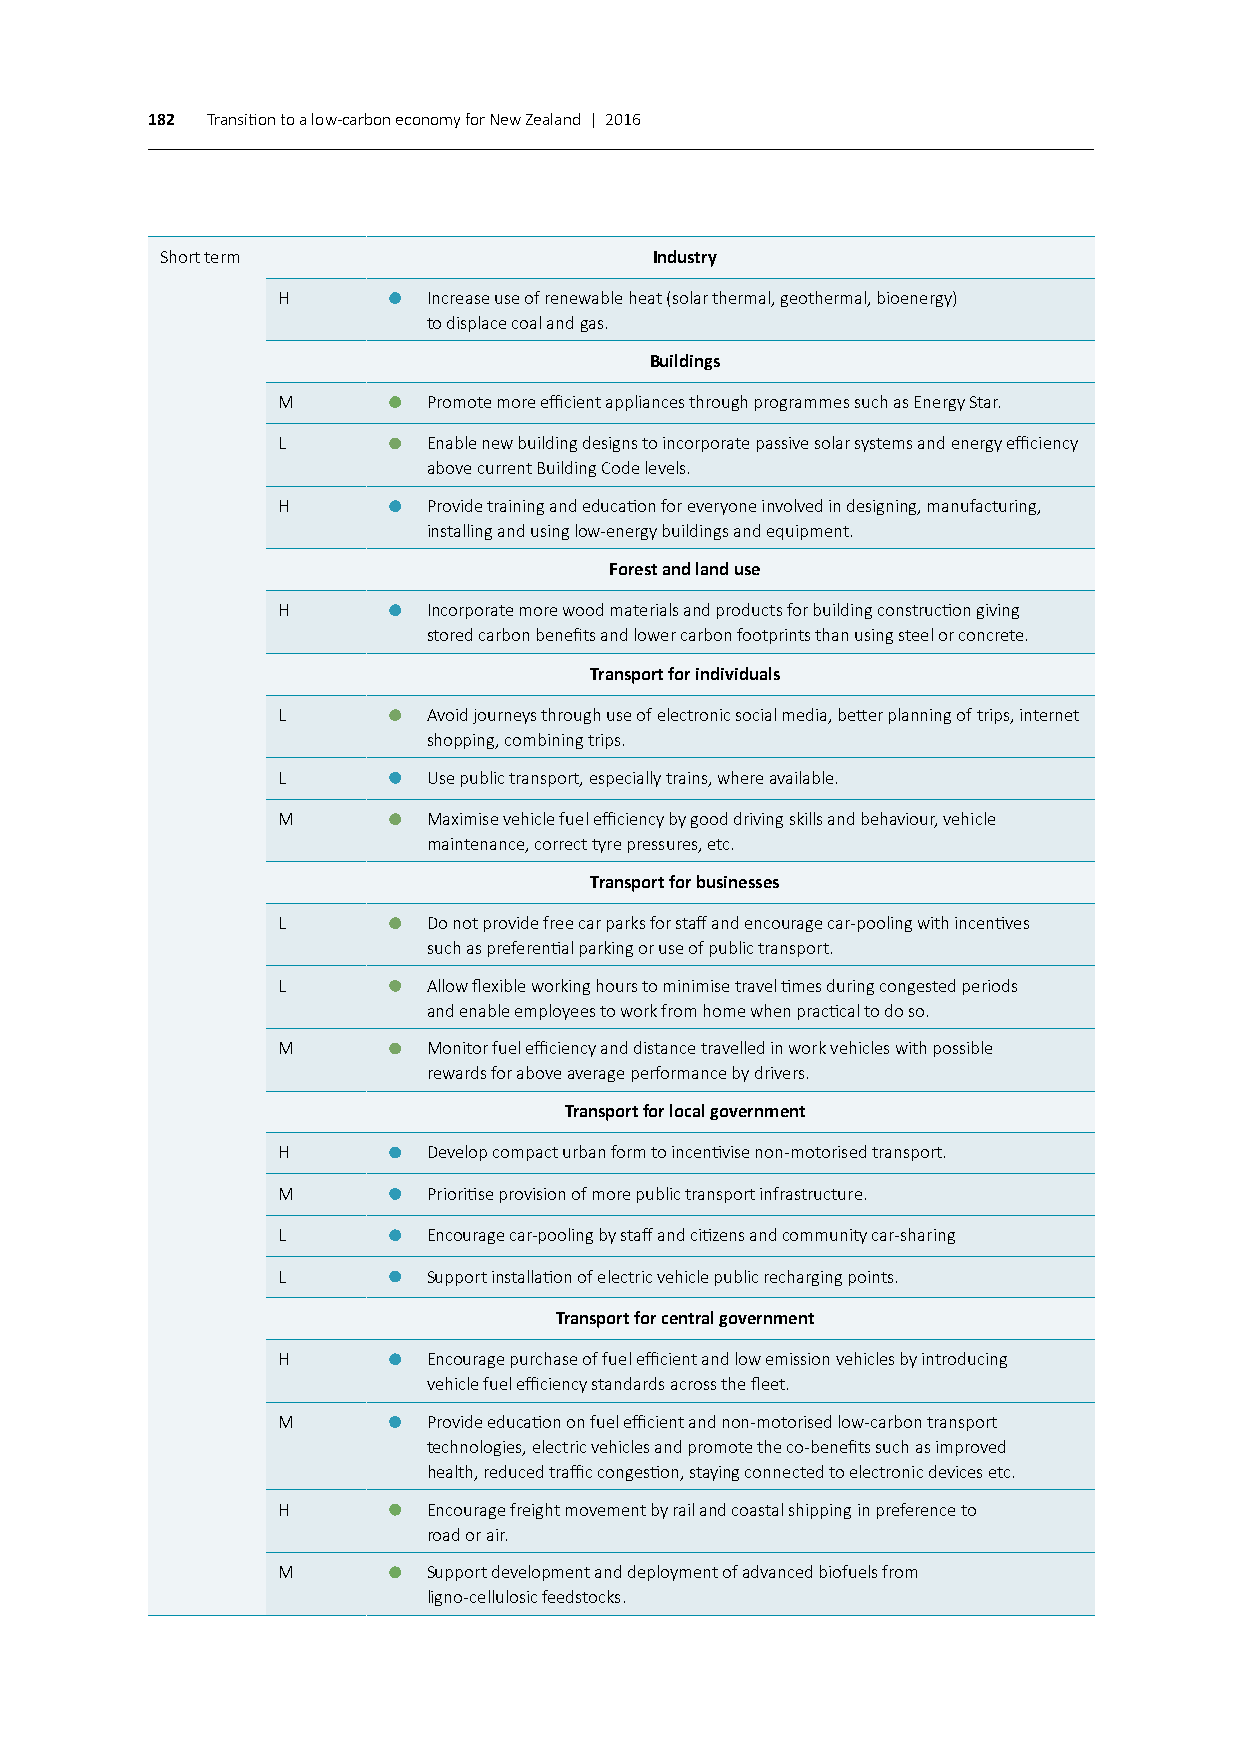
182 Transition to a low-carbon economy for New Zealand | 2016
 Short term                      Industry
 H         Increase use of renewable heat (solar thermal, geothermal, bioenergy)
 to displace coal and gas.
 Buildings
 M         Promote more efficient appliances through programmes such as Energy Star.
 L         Enable new building designs to incorporate passive solar systems and energy efficiency
 above current Building Code levels.
 H         Provide training and education for everyone involved in designing, manufacturing,
 installing and using low-energy buildings and equipment.
 Forest and land use
 H         Incorporate more wood materials and products for building construction giving
 stored carbon benefits and lower carbon footprints than using steel or concrete.
 Transport for individuals
 L         Avoid journeys through use of electronic social media, better planning of trips, internet
 shopping, combining trips.
 L         Use public transport, especially trains, where available.
 M         Maximise vehicle fuel efficiency by good driving skills and behaviour, vehicle
 maintenance, correct tyre pressures, etc.
 Transport for businesses
 L         Do not provide free car parks for staff and encourage car-pooling with incentives
 such as preferential parking or use of public transport.
 L         Allow flexible working hours to minimise travel times during congested periods
 and enable employees to work from home when practical to do so.
 M         Monitor fuel efficiency and distance travelled in work vehicles with possible
 rewards for above average performance by drivers.
 Transport for local government
 H         Develop compact urban form to incentivise non-motorised transport.
 M         Prioritise provision of more public transport infrastructure.
 L         Encourage car-pooling by staff and citizens and community car-sharing
 L         Support installation of electric vehicle public recharging points.
 Transport for central government
 H         Encourage purchase of fuel efficient and low emission vehicles by introducing
 vehicle fuel efficiency standards across the fleet.
 M         Provide education on fuel efficient and non-motorised low-carbon transport
 technologies, electric vehicles and promote the co-benefits such as improved
 health, reduced traffic congestion, staying connected to electronic devices etc.
 H         Encourage freight movement by rail and coastal shipping in preference to
 road or air.
 M         Support development and deployment of advanced biofuels from
 ligno-cellulosic feedstocks.